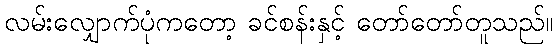
လမ်းလျှောက်ပုံကတော့ ခင်စန်းနှင့် တော်တော်တူသည်။